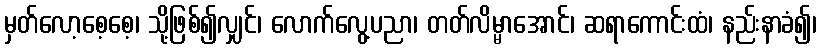
မှတ်လော့စေ့စေ့၊ သို့ဖြစ်၍လျှင်၊ လောက်လွေ့ပညာ၊ တတ်လိမ္မာအောင်၊ ဆရာကောင်းထံ၊ နည်းနာခံ၍၊